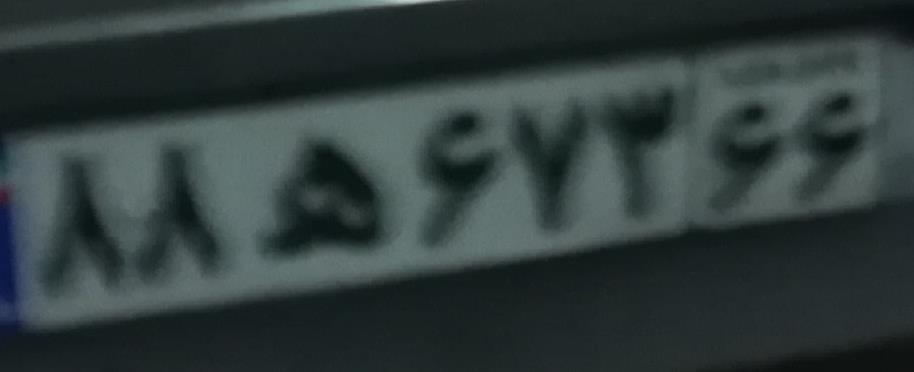
۸۸ه۶۷۳۶۶